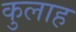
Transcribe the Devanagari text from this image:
कुलाह